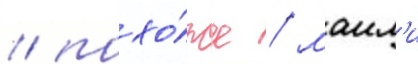
/ похо́же / маил'и